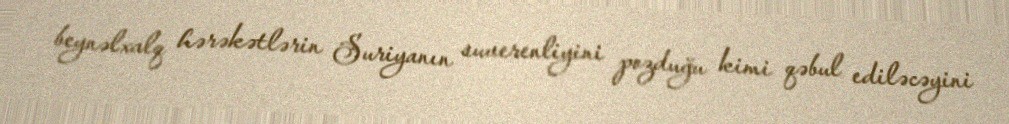
beynəlxalq hərəkətlərin Suriyanın suverenliyini pozduğu kimi qəbul ediləcəyini